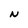
Character: N